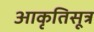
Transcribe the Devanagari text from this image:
आकृतिसूत्र